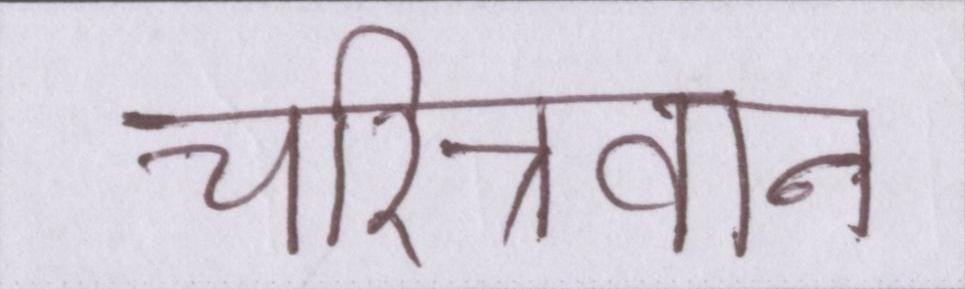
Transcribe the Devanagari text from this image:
चरित्रवान